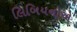
લિબિયનોએ